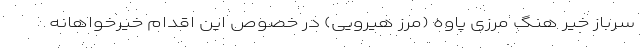
سرباز خیّر هنگ مرزی پاوه (مرز هیرویی) در خصوص این اقدام خیرخواهانه